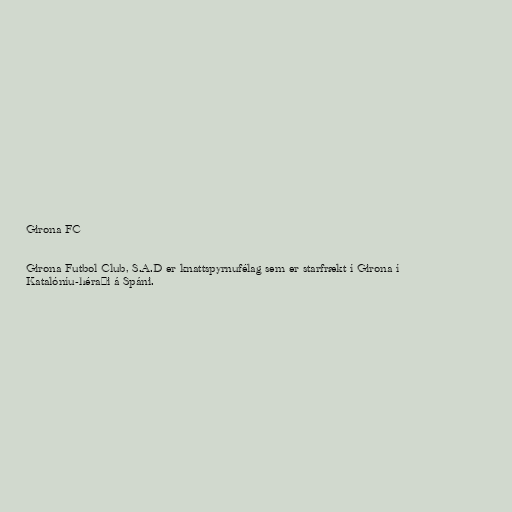
Girona FC

Girona Futbol Club, S.A.D er knattspyrnufélag sem er starfrækt í Girona í
Katalóníu-héraði á Spáni.